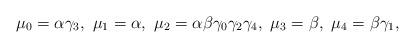
LaTeX: \begin{align*}\mu_0=\alpha\gamma_3,\ \mu_1=\alpha,\ \mu_2=\alpha\beta\gamma_0\gamma_2\gamma_4,\ \mu_3=\beta,\ \mu_4=\beta\gamma_1,\end{align*}